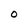
Character: O